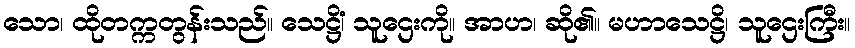
သော၊ ထိုတက္ကတွန်းသည်။ သေဋ္ဌိံ၊ သူဌေးကို။ အာဟ၊ ဆို၏။ မဟာသေဋ္ဌိ၊ သူဌေးကြီး။